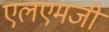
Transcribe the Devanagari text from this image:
एलएमजी